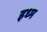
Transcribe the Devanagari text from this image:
इध्म